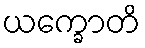
ယက္ခောတိ